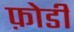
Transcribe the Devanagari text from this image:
फ़ोडी